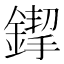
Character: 䤿